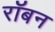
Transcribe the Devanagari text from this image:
रॉबन